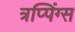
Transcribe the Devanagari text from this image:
त्रप्पिंग्स